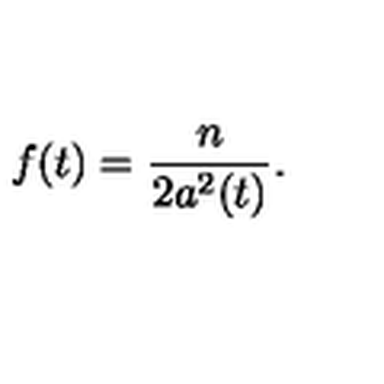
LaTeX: f ( t ) = { \frac { n } { 2 a ^ { 2 } ( t ) } } .